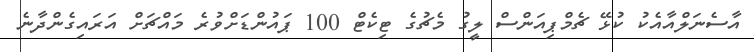
އާސެނަލްއާއެކު ކުޅޭ ޗެމްޕިއަންސް ލީގު މެޗުގެ ޓިކެޓް 100 ޕައުންޑަށްވުރެ މައްޗަށް އަރައިގެންދާނެ